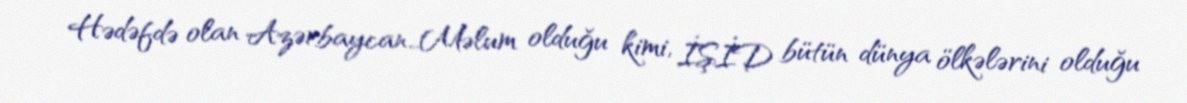
Hədəfdə olan Azərbaycan…Məlum olduğu kimi, İŞİD bütün dünya ölkələrini olduğu